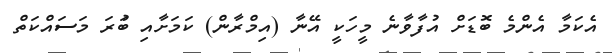
އެކަމާ އެންމެ ބޮޑަށް އުފާވާނެ މީހަކީ އޭނާ (އިމްރާން) ކަމަށާއި ބަުރަ މަސައްކަތް